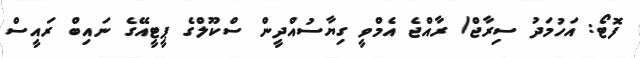
ފޮޓޯ: އަހުމަދު ސިރާޖް/ ރާއްޖެ އެމްވީ ގިޔާސުއްދީން ސްކޫލްގެ ޕީޓީއޭގެ ނައިބް ރައީސް